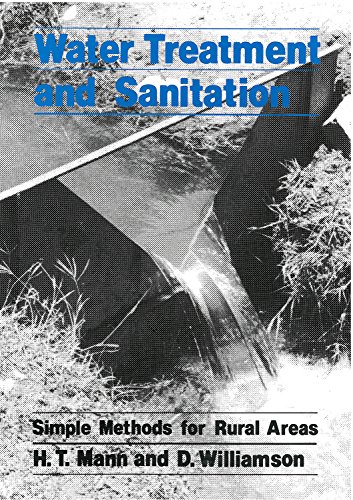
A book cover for Water Treatment and Sanitation; H.T. Mann; Medical Books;